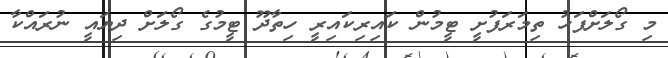
މި ގޯލަށްފަހު ތިމަރަފުށީ ޓީމުން ކައިރިކައިރީ ހިތާދޫ ޓީމުގެ ގޯލަށް ދިޔައީ ނުރައްކާ